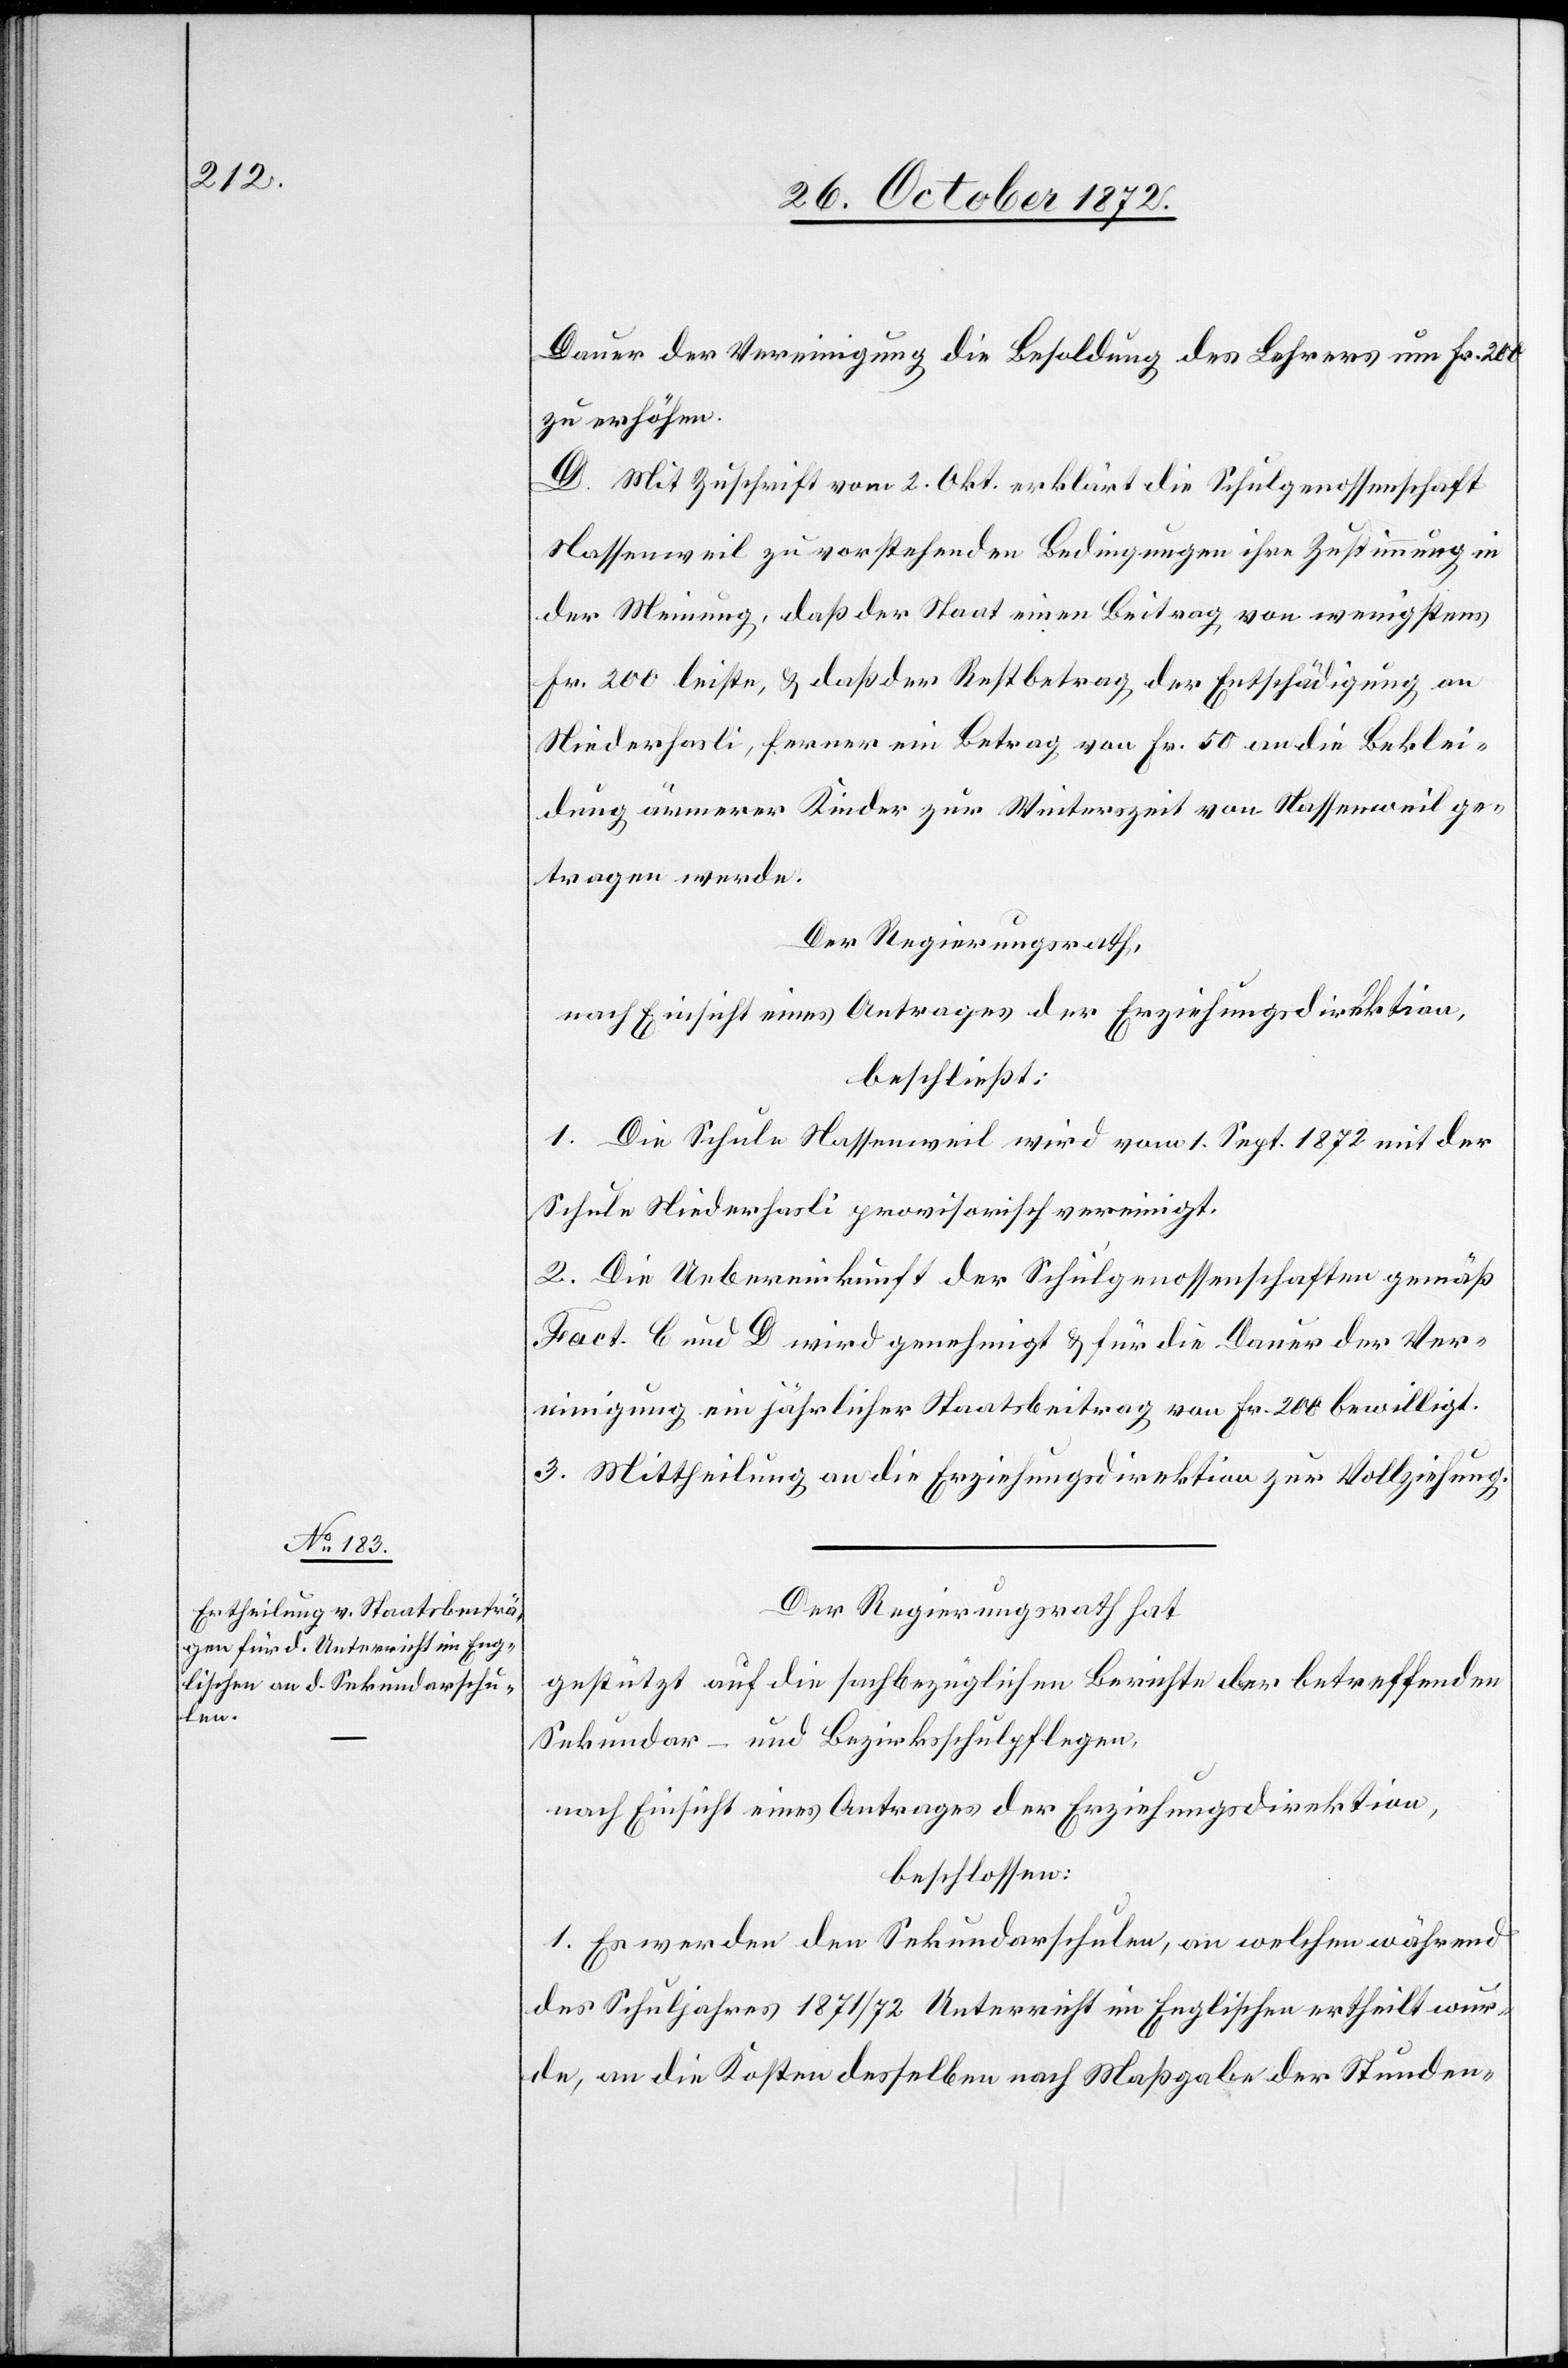
Dauer der Vereinigung die Besoldung des Lehrers um Fr. 200
zu erhöhen.
D. Mit Zuschrift vom 2. Okt. erklärt die Schulgenossenschaft
Nassenweil zu vorstehenden Bedingungen ihre Zustimmung in
der Meinung, daß der Staat einen Beitrag von wenigstens
Fr. 200 leiste, u. daß der Restbetrag der Entschädigung an
Niederhasli, ferner ein Betrag von Fr. 50 an die Beklei¬
dung ärmerer Kinder zur Winterszeit von Nassenweil ge¬
tragen werde.
Der Regierungsrath,
nach Einsicht eines Antrages der Erziehungsdirektion,
beschließt:
1. Die Schule Nassenweil wird vom 1. Sept. 1872 mit der
Schule Niederhasli provisorisch vereinigt.
2 Die Uebereinkunft der Schulgenossenschaften gemäß
Fact. C und D wird genehmigt u. für die Dauer der Ver¬
einigung ein jährlicher Staatsbeitrag von Fr. 200 bewilligt.
3. Mittheilung an die Erziehungsdirektion zur Vollziehung.
Der Regierungsrath hat
gestützt auf die sachbezüglichen Berichte der betreffenden
Sekundar- und Bezirksschulpflegen,
nach Einsicht eines Antrages der Erziehungsdirektion,
beschlossen:
1. Es werden den Sekundarschulen, an welchen während
des Schuljahres 1871/72 Unterricht im Englischen ertheilt wur¬
de, an die Kosten desselben nach Maßgabe der Stunden-